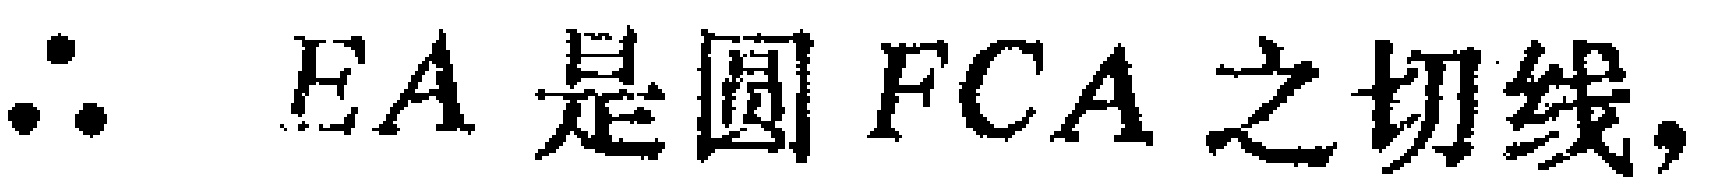
\(\therefore EA \text{ 是圆 } FCA \text{ 之切线，}\)